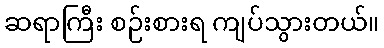
ဆရာကြီး စဉ်းစားရ ကျပ်သွားတယ်။